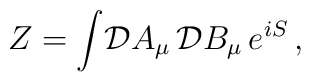
Z = \int\! {\cal D}A_{\mu}\, {\cal D}B_{\mu}\,  e^{iS}\, ,